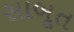
સાબૂત